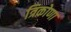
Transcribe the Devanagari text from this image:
त्रिकोणा